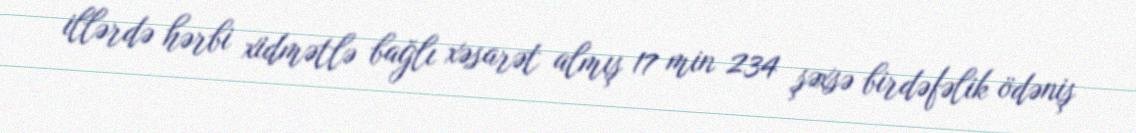
illərdə hərbi xidmətlə bağlı xəsarət almış 17 min 234 şəxsə birdəfəlik ödəniş